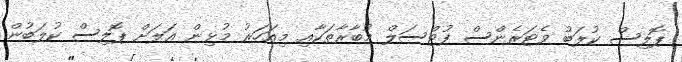
ޕޮލިސް ކުލަބު ވެޓަރެންސް ފުޓްސަލް މުބާރާތަކާއި މިއަހަރު މުޅިން އަލަށް ޕޮލިސް ކުލަބުން